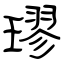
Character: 璆